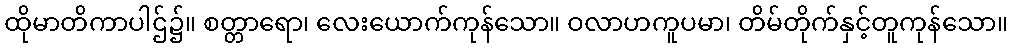
ထိုမာတိကာပါဌ်၌။ စတ္တာရော၊ လေးယောက်ကုန်သော။ ဝလာဟကူပမာ၊ တိမ်တိုက်နှင့်တူကုန်သော။